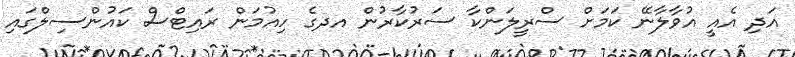
އަދި އެއީ އުވާލާނޭ ކަމަށް ސްރީލަންކާ ސަރުކާރުން އދގެ ހިއުމަން ރައިޓްސް ކައުންސިލްގައި